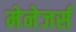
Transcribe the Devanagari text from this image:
मेनेजर्स